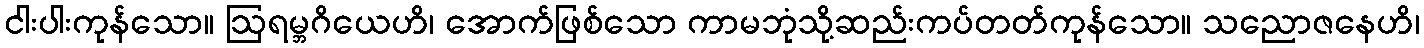
ငါးပါးကုန်သော။ ဩရမ္ဘဂိယေဟိ၊ အောက်ဖြစ်သော ကာမဘုံသို့ဆည်းကပ်တတ်ကုန်သော။ သညောဇနေဟိ၊